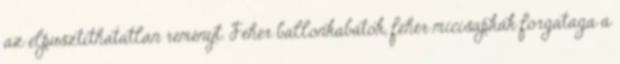
az elpusztíthatatlan reményt. Fehér ballonkabátok, fehér micisapkák forgataga a